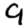
Digit: 9